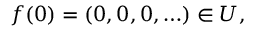
f ( 0 ) = ( 0 , 0 , 0 , \ldots ) \in U ,